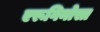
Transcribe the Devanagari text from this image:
एरूगिनोसा